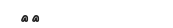
٧٤